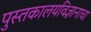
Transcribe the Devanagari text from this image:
पुस्तकालयविज्ञानाचा